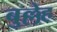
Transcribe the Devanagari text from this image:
बुल्लेह